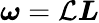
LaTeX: \boldsymbol{\omega}=\mathcal{L}\boldsymbol{L}